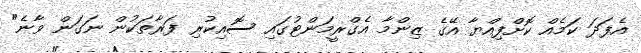
އެފަދަ ކަމެއް ކޮށްފިއްޔާ އޭގެ ޒިންމާ އެގްރީމަންޓުގައި ސޮއިކުރި ފަރާތަކުން ނަގަން ވާނެ"